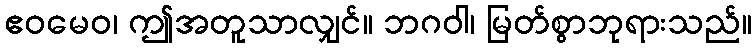
ဧဝမေဝ၊ ဤအတူသာလျှင်။ ဘဂဝါ၊ မြတ်စွာဘုရားသည်။